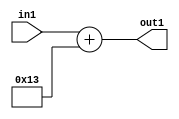
`timescale 1ps / 1ps
/*****************************************************************************
    Verilog RTL Description
    
    
    Created by: Stratus DpOpt 2019.1.01 
*******************************************************************************/

module DC_Filter_Add_12U_130_4 (
	in1,
	out1
	); /* architecture "behavioural" */ 
input [11:0] in1;
output [11:0] out1;
wire [11:0] asc001;

assign asc001 = 
	+(in1)
	+(12'B000000010011);

assign out1 = asc001;
endmodule

/* CADENCE  urj4Swk= : u9/ySgnWtBlWxVPRXgAZ4Og= ** DO NOT EDIT THIS LINE ******/